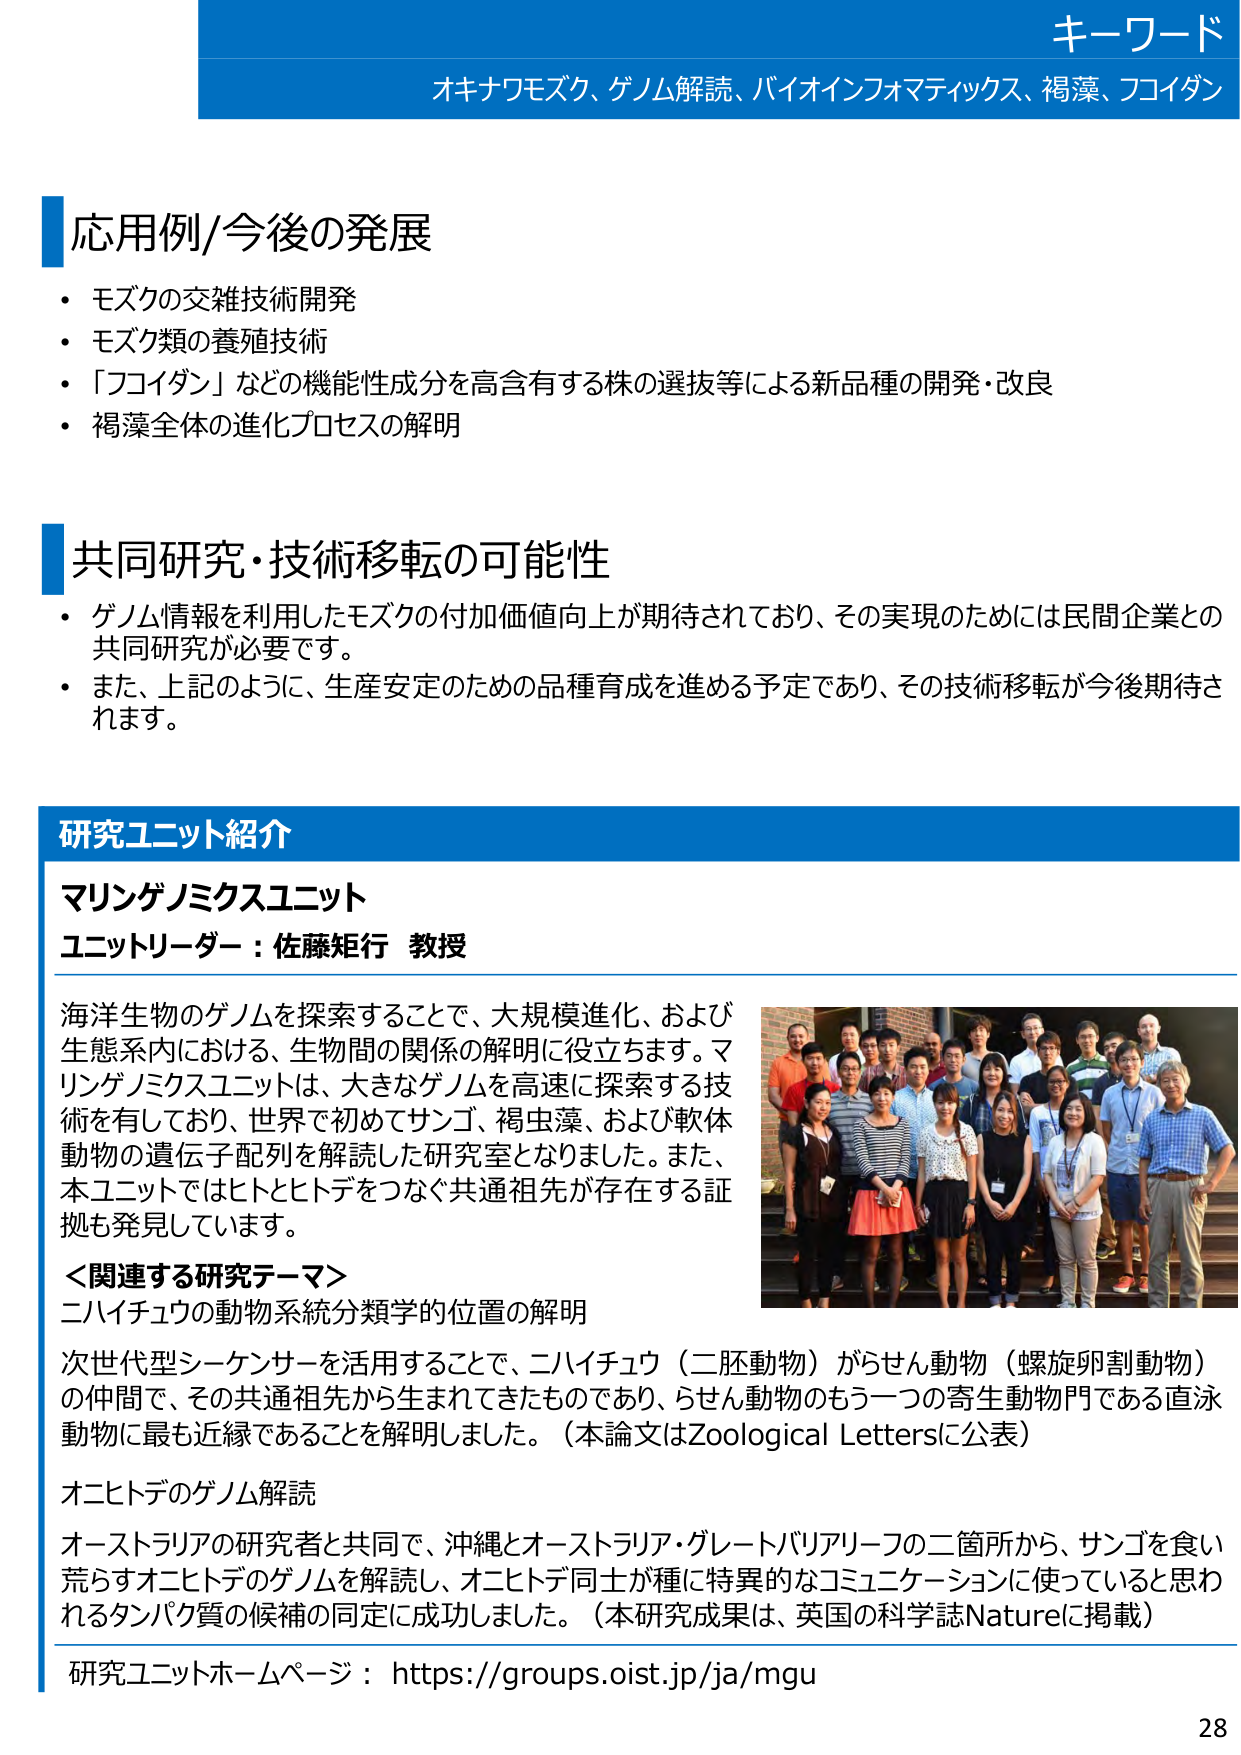
キーワード
オキナワモズク、ゲノム解読、バイオインフォマティックス、褐藻、フコイダン

応用例/今後の発展
・モズクの交雑技術開発
・モズク類の養殖技術
・「フコイダン」などの機能性成分を高含有する株の選抜等による新品种の開発・改良
・褐藻全体の進化プロセスの解明

共同研究・技術移転の可能性
・ゲノム情報を利用したモズクの付加価値向上が期待されており、その実現のためには民間企業との共同研究が必要です。
・また、上記のように、生産安定のための品種育成を進める予定であり、その技術移転が今後期待されます。

研究ユニット紹介
マリンゲノミクスユニット
ユニットリーダー：佐藤矩行 教授

海洋生物のゲノムを探索することで、大規模進化、および生態系内における、生物間の関係の解明に役立ちます。マリンゲノミクスユニットは、大きなゲノムを高速に探索する技術を有しており、世界で初めてサンゴ、褐虫藻、および軟体動物の遺伝子配列を解読した研究室となりました。また、本ユニットではヒトとヒトデをつなぐ共通祖先が存在する証拠も発見しています。

＜関連する研究テーマ＞
ニハイチュウの動物系統分類学的位置の解明
次世代型シーケンサーを活用することで、ニハイチュウ（二胚動物）がらせん動物（螺旋卵割動物）の仲間で、その共通祖先から生まれてきたものであり、らせん動物のもう一つの寄生動物門である直泳動物に最も近縁であることを解明しました。（本論文はZoological Lettersに公表）

オニヒトデのゲノム解読
オーストラリアの研究者と共同で、沖縄とオーストラリア・グレートバリアリーフの二箇所から、サンゴを食い荒らすオニヒトデのゲノムを解読し、オニヒトデ同士が種に特異的なコミュニケーションに使っていると思われるタンパク質の候補の同定に成功しました。（本研究成果は、英国の科学誌Natureに掲載）

研究ユニットホームページ：https://groups.oist.jp/ja/mgu

28